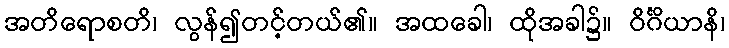
အတိရောစတိ၊ လွန်၍တင့်တယ်၏။ အထခေါ၊ ထိုအခါ၌။ ဝိင်္ဂိယာနိ၊